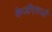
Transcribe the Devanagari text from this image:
केजीएसजी